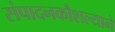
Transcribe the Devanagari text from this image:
संपादनकौशल्याने